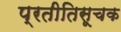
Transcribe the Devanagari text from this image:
प्रतीतिसूचक